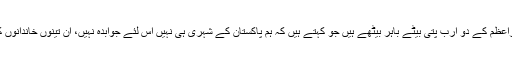
انہوں نے کہا کہ سابق وزیراعظم کے دو ارب پتی بیٹے باہر بیٹھے ہیں جو کہتے ہیں کہ ہم پاکستان کے شہری ہی نہیں اس لئے جوابدہ نہیں، ان تینوں خاندانوں کو ملک کی کوئی فکر نہیں۔